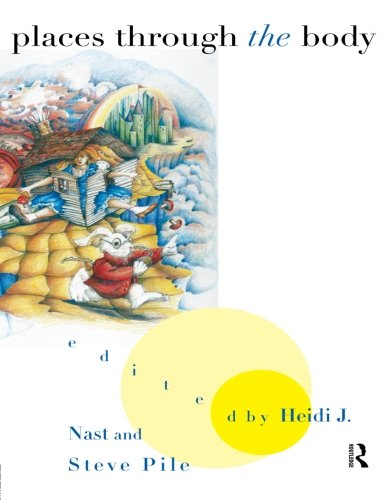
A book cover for Places Through the Body; Politics & Social Sciences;